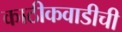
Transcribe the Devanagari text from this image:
काठीकवाडीची